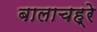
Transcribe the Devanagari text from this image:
बालाचह्रे